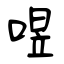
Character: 喅